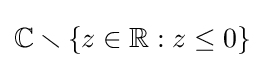
\mathbb {C} \smallsetminus \{z\in \mathbb {R} :z\leq 0\}